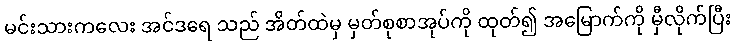
မင်းသားကလေး အင်ဒရေ သည် အိတ်ထဲမှ မှတ်စုစာအုပ်ကို ထုတ်၍ အမြောက်ကို မှီလိုက်ပြီး